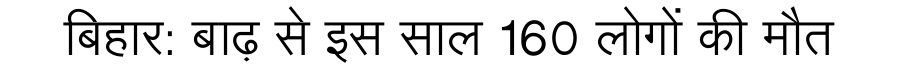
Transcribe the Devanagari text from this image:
बिहार: बाढ़ से इस साल 160 लोगों की मौत